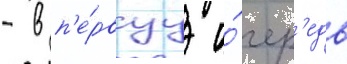
- в п'е́рвуу о́чер'едь